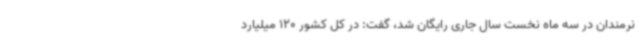
نرمندان در سه ماه نخست سال جاری رایگان شد، گفت: در کل کشور 120 میلیارد